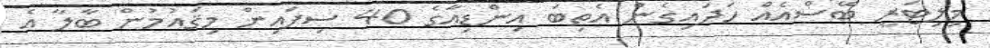
މިލިޓަރީ ބޭސްއެއް ހަދައިގެން އެތިބަ އިންޑިއާގެ 40 ސިފައިން މިޤައުމުން ބާލާ އެ